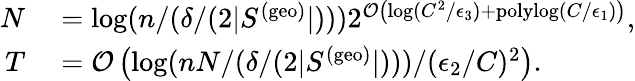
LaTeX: \begin{array}{rl}{N}&{{}=\log(n/(\delta/(2|S^{(\mathrm{geo})}|)))2^{\mathcal{O}\left(\log(C^{2}/\epsilon_{3})+\mathrm{polylog}(C/\epsilon_{1})\right)},}\\ {T}&{{}=\mathcal{O}\left(\log(nN/(\delta/(2|S^{(\mathrm{geo})}|)))/(\epsilon_{2}/C)^{2}\right).}\end{array}